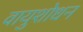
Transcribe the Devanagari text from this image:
वायुशोधन